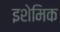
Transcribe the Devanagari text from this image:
इशेमिक